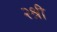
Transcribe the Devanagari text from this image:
२श्री